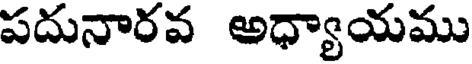
పదునారవ అధ్యాయము